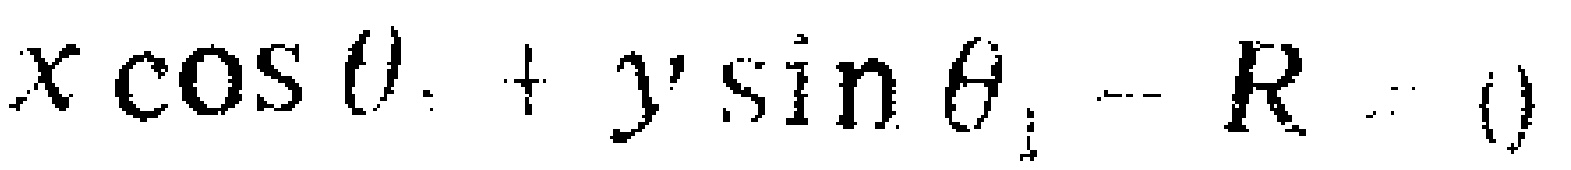
$x\cos\theta + y\sin\theta - R = 0$